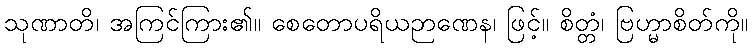
သုဏာတိ၊ အကြင်ကြား၏။ စေတောပရိယဉာဏေန၊ ဖြင့်။ စိတ္တံ၊ ဗြဟ္မာစိတ်ကို။